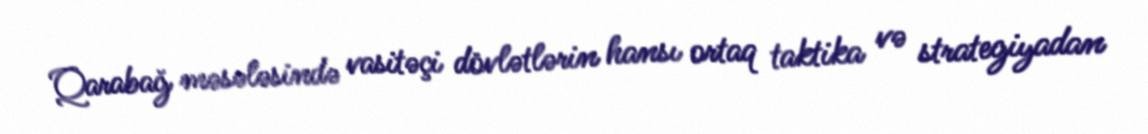
Qarabağ məsələsində vasitəçi dövlətlərin hansı ortaq taktika və strategiyadan